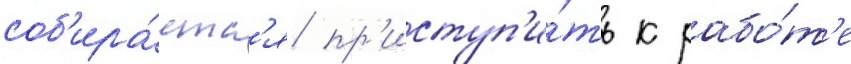
соб'ира́етс'я пр'иступ'и́ть к рабо́т'е